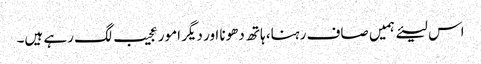
اس لیئے ہمیں صاف رہنا، ہاتھ دھونا اور دیگر امور عجیب لگ رہے ہیں۔